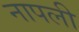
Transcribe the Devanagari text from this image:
नापली